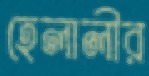
হেলালীর